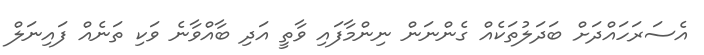
އެސަރަހައްދަށް ބަދަލުތަކެއް ގެންނަން ނިންމާފައި ވާތީ އަދި ބާއްވާނެ ވަކި ތަނެއް ފައިނަލް